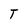
Character: T